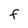
Character: F